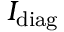
I _ { \mathrm { d i a g } }